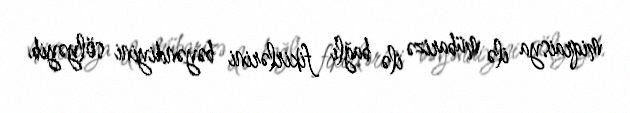
miqraisya ilə mübarizə ilə bağlı fikirlərini bəyəndiyini sölyəyib.